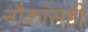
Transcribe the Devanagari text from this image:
नौकांसही